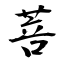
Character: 菩